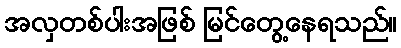
အလှတစ်ပါးအဖြစ် မြင်တွေ့နေရသည်။